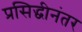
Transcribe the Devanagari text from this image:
प्रसिद्धीनंतर